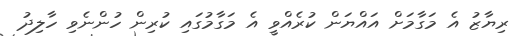
ރިޔާޒު އެ މަގާމަށް އައްޔަން ކުރެއްވީ އެ މަގާމުގައި ކުރިން ހުންނެވި ހާލިދު